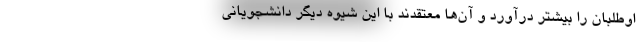
اوطلبان را بیشتر درآورد و آن‌ها معتقدند با این شیوه دیگر دانشجویانی